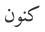
كنون